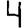
Digit: 4